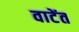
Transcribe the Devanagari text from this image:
वाटेंत